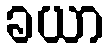
ခယာ